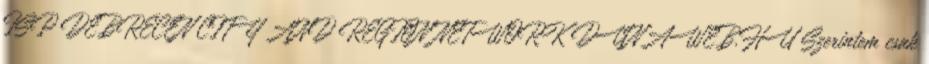
ISP DEBRECEN CITY AND REGION NETWORK DUNAWEB.HU Szerintem csak